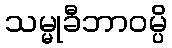
သမ္မုခီဘာဝမ္ပိ